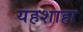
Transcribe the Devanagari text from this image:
यहशाहा